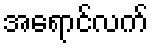
အရောင်လက်